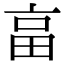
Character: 畗